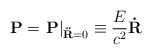
LaTeX: \begin{align*}{\bf P} = \left.{\bf P}\right|_{{\bf\ddot R}=0}\equiv\frac{E}{c^2}{\bf\dot R}\end{align*}